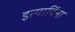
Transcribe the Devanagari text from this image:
इत्यादिंना